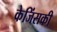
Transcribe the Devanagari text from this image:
केजिंसकी